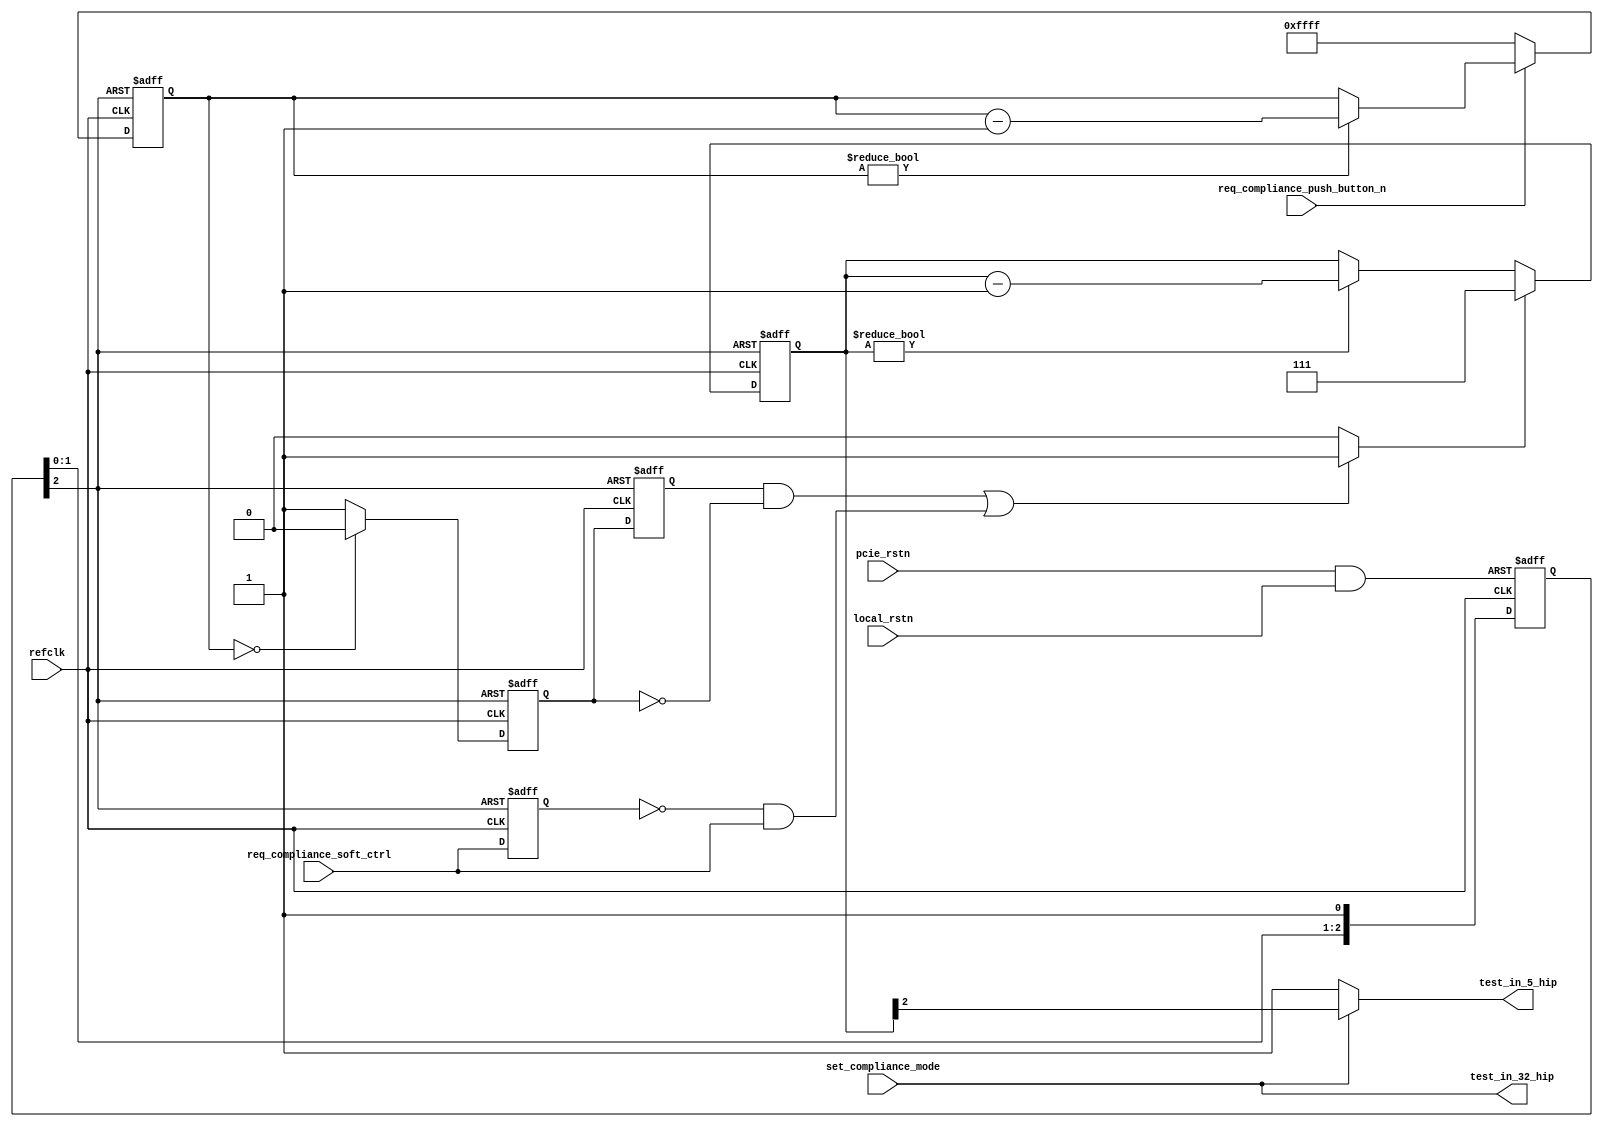
//Legal Notice: (C)2009 Altera Corporation. All rights reserved.  Your
//use of Altera Corporation's design tools, logic functions and other
//software and tools, and its AMPP partner logic functions, and any
//output files any of the foregoing (including device programming or
//simulation files), and any associated documentation or information are
//expressly subject to the terms and conditions of the Altera Program
//License Subscription Agreement or other applicable license agreement,
//including, without limitation, that your use is for the sole purpose
//of programming logic devices manufactured by Altera and sold by Altera
//or its authorized distributors.  Please refer to the applicable
//agreement for further details.

// synthesis translate_off
`timescale 1ns / 1ps
// synthesis translate_on

module altpcierd_compliance_test (
    input local_rstn,                  // Local board reset
    input pcie_rstn,                   // PCIe reset
    input refclk,                      // 100 Mhz clock
    input req_compliance_push_button_n,// Push button to cycle through compliance mode, gen1, gen2 - Active low
    input req_compliance_soft_ctrl  ,  // Register to cycle trough compliance mode (monitor rising edge on this register - Active on 0 to 1 transition
    input set_compliance_mode,         // Set compliance mode (test_in[32])

    output test_in_5_hip,
    output test_in_32_hip);

wire rstn;                   // async rstn synchronized on refclk
wire exit_ltssm_compliance;  // when 1 : force exit LTSSM COMPLIANCE state
                             // When 0 : if board plugged on compliance based board, LTSSM returns to COMPLIANCE state
wire new_edge_for_compliance;
reg [2:0] ltssm_cnt_cycles;
reg [15:0] dbc_cnt;

assign test_in_5_hip = (set_compliance_mode==1'b0) ? 1'b1 : exit_ltssm_compliance;
assign test_in_32_hip= set_compliance_mode;

//
// LTSSM Compliance forcing in/out
//
assign exit_ltssm_compliance = ltssm_cnt_cycles[2];
always @(posedge refclk or negedge rstn) begin
   if (rstn == 1'b0) begin
      ltssm_cnt_cycles     <= 3'b000;
   end
   else begin
      if (new_edge_for_compliance==1'b1) begin
         ltssm_cnt_cycles <= 3'b111;
      end
      else if (ltssm_cnt_cycles != 3'b000) begin
         ltssm_cnt_cycles <= ltssm_cnt_cycles - 3'b001;
      end
   end
end

reg  req_compliance_cycle,req_compliance_cycle_r, req_compliance_soft_ctrl_r;
always @(posedge refclk or negedge rstn) begin
   if (rstn == 1'b0) begin
      req_compliance_cycle       <= 1'b1;
      req_compliance_cycle_r     <= 1'b1;
      req_compliance_soft_ctrl_r <= 1'b1;
   end
   else begin
      req_compliance_cycle       <= (dbc_cnt == 16'h0000) ? 1'b0: 1'b1;
      req_compliance_cycle_r     <= req_compliance_cycle;
      req_compliance_soft_ctrl_r <= req_compliance_soft_ctrl;
   end
end
assign new_edge_for_compliance = (((req_compliance_cycle_r == 1'b1)&(req_compliance_cycle == 1'b0))||
                                 ((req_compliance_soft_ctrl_r == 1'b0)&(req_compliance_soft_ctrl == 1'b1))) ?1'b1:1'b0;


//De bouncer  for push button
always @(posedge refclk or negedge rstn) begin
    if (rstn == 1'b0) begin
       dbc_cnt <= 16'hFFFF;
    end
    else begin
       if (req_compliance_push_button_n == 0) begin
          dbc_cnt <= 16'hFFFF;
       end
       else if (dbc_cnt != 16'h0000) begin
          dbc_cnt <= dbc_cnt -16'h1;
       end
    end
end


// Sync async reset
wire npor ;
reg  [2:0] rstn_sync;

assign npor = pcie_rstn & local_rstn;
always @(posedge refclk or negedge npor) begin
   if (npor == 1'b0) begin
      rstn_sync[2:0] <= 3'b000;
   end
   else begin
      rstn_sync[0] <= 1'b1;
      rstn_sync[1] <= rstn_sync[0];
      rstn_sync[2] <= rstn_sync[1];
   end
end
assign rstn  = rstn_sync[2];

endmodule